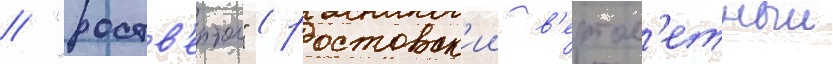
// "роств'ертол" (ростовск'ии в'ертол'етныи